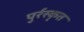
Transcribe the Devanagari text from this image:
पुर्रस्कृत